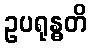
ဥပရုန္ဓတိ